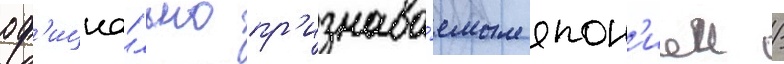
оф'ициа́льно пр'изнава́емым япон'иеи /